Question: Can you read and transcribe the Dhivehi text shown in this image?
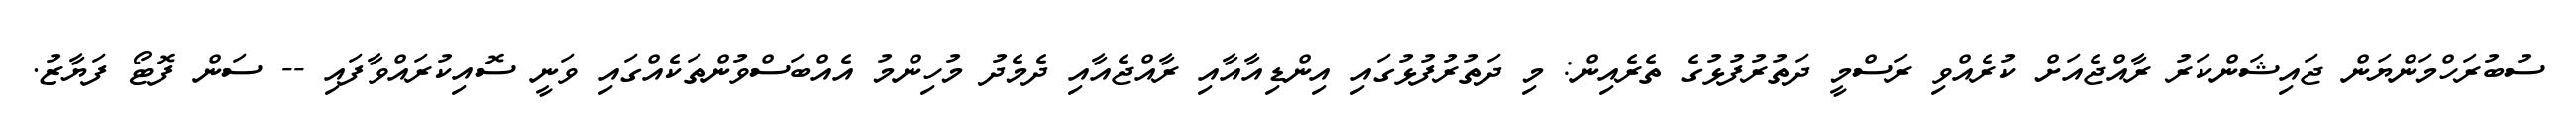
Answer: ސުބުރަހްމަންޔަން ޖައިޝަންކަރު ރާއްޖެއަށް ކުރެއްވި ރަސްމީ ދަތުރުފުޅުގެ ތެރެއިން: މި ދަތުރުފުޅުގައި އިންޑިއާއާއި ރާއްޖެއާއި ދެމެދު މުހިންމު އެއްބަސްވުންތަކެއްގައި ވަނީ ސޮއިކުރައްވާފައި -- ސަން ފޮޓޯ ފަޔާޒު.